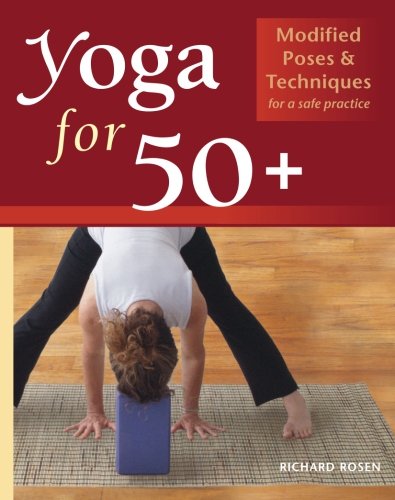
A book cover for Yoga for 50+: Modified Poses and Techniques for a Safe Practice; Richard Rosen; Health, Fitness & Dieting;